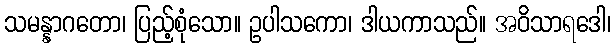
သမန္နာဂတော၊ ပြည့်စုံသော။ ဥပါသကော၊ ဒါယကာသည်။ အဝိသာရဒေါ၊